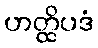
ဟတ္ထိပဒံ